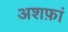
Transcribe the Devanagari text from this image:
अशफ़ां